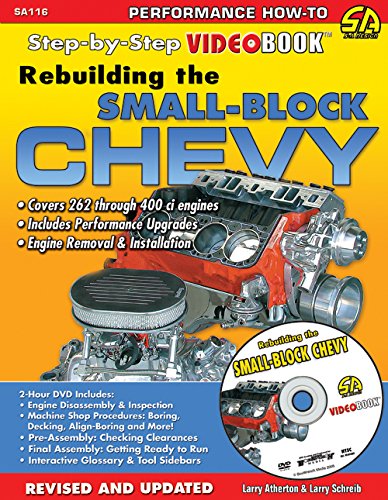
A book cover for Rebuilding the Small-Block Chevy: Step-by-Step Videobook; Larry Atherton; Engineering & Transportation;